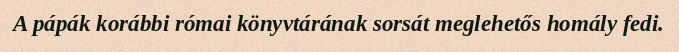
A pápák korábbi római könyvtárának sorsát meglehetős homály fedi.